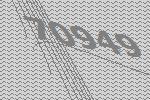
70949